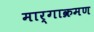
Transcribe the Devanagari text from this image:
मार्गाक्रमण